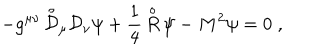
- g ^ { \mu \nu } \, { \stackrel { \circ } { \mathcal D } } { } _ { \mu } { \mathcal D } { } _ { \nu } \psi + \frac { 1 } { 4 } \, { \stackrel { \circ } { R } } \, \psi - M ^ { 2 } \psi = 0 \; ,